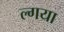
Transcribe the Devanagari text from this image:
ल्गया